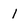
Character: 1